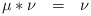
\begin{align*} \mu\ast\nu \ \ = \ \ \nu\,\end{align*}